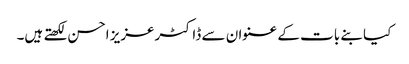
کیا بنے بات کے عنوان سے ڈاکٹرعزیز احسن لکھتے ہیں۔